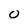
Character: 0